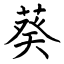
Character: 葵